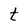
Character: t